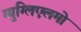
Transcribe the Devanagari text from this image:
ग्युग्लिएलमो